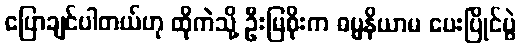
ပြောချင်ပါတယ်ဟု ထိုကဲသို့ ဦးမြစိုးက ဓမ္မနိယာမ ပေးပြိုင်ပွဲ